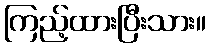
ကြည့်ထားပြီးသား။